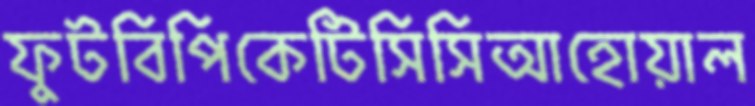
ফুটবিপিকেটিসিসিআহোয়াল